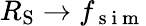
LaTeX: R_{\mathrm{S}}\rightarrow f_{\mathrm{~s~i~m~}}